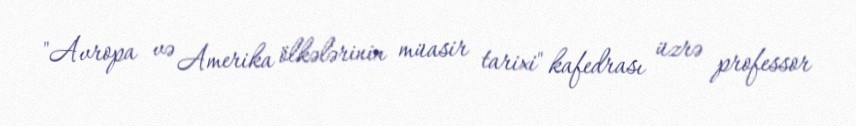
"Avropa və Amerika ölkələrinin müasir tarixi" kafedrası üzrə professor